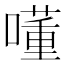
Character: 𡀇